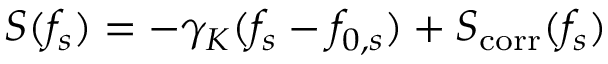
S ( f _ { s } ) = - \gamma _ { K } ( f _ { s } - f _ { 0 , s } ) + S _ { \mathrm { c o r r } } ( f _ { s } )